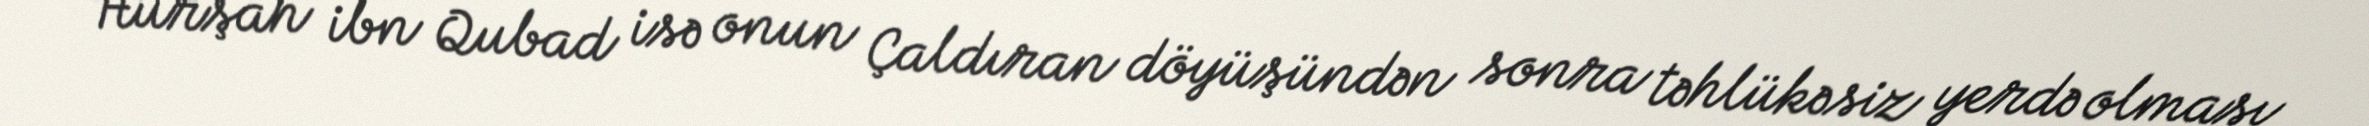
Hurşah ibn Qubad isə onun Çaldıran döyüşündən sonra təhlükəsiz yerdə olması